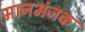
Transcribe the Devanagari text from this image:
मानभंजक